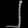
Digit: ၂